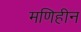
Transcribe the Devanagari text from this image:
मणिहीन